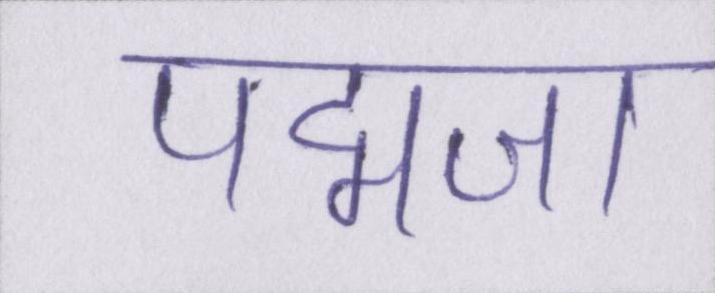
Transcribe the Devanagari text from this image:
पद्मजा